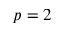
p = 2